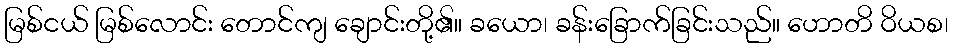
မြစ်ငယ် မြစ်လောင်း တောင်ကျ ချောင်းတို့၏။ ခယော၊ ခန်းခြောက်ခြင်းသည်။ ဟောတိ ဝိယစ၊